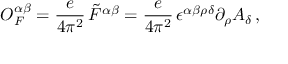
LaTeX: { \cal O } _ { F } ^ { \alpha \beta } = \frac { e } { 4 \pi ^ { 2 } } \, \tilde { F } ^ { \alpha \beta } = \frac { e } { 4 \pi ^ { 2 } } \, \epsilon ^ { \alpha \beta \rho \delta } \partial _ { \rho } A _ { \delta } \, ,